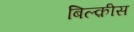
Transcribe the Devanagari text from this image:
बिल्क़ीस